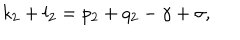
k _ { 2 } + l _ { 2 } = p _ { 2 } + q _ { 2 } - \gamma + \sigma ,